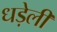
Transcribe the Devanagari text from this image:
धड़ेली